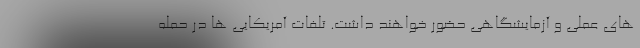
های عملی و آزمایشگاهی حضور خواهند داشت. تلفات آمریکایی ها در حمله